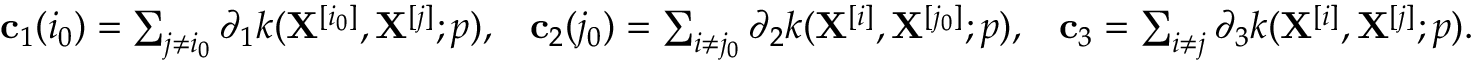
\begin{array} { r } { \mathbf { c } _ { 1 } ( i _ { 0 } ) = \sum _ { j \neq i _ { 0 } } \partial _ { 1 } k ( \mathbf { X } ^ { [ i _ { 0 } ] } , \mathbf { X } ^ { [ j ] } ; p ) , \; \; \; \mathbf { c } _ { 2 } ( j _ { 0 } ) = \sum _ { i \neq j _ { 0 } } \partial _ { 2 } k ( \mathbf { X } ^ { [ i ] } , \mathbf { X } ^ { [ j _ { 0 } ] } ; p ) , \; \; \; \mathbf { c } _ { 3 } = \sum _ { i \neq j } \partial _ { 3 } k ( \mathbf { X } ^ { [ i ] } , \mathbf { X } ^ { [ j ] } ; p ) . } \end{array}